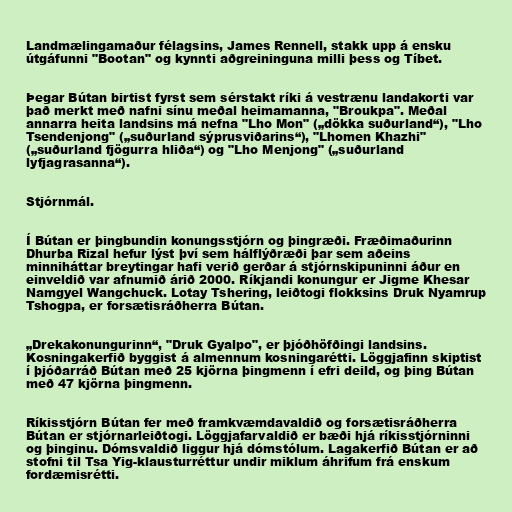
Landmælingamaður félagsins, James Rennell, stakk upp á ensku
útgáfunni "Bootan" og kynnti aðgreininguna milli þess og Tíbet.

Þegar Bútan birtist fyrst sem sérstakt ríki á vestrænu landakorti var
það merkt með nafni sínu meðal heimamanna, "Broukpa". Meðal
annarra heita landsins má nefna "Lho Mon" („dökka suðurland“), "Lho
Tsendenjong" („suðurland sýprusviðarins“), "Lhomen Khazhi"
(„suðurland fjögurra hliða“) og "Lho Menjong" („suðurland
lyfjagrasanna“).

Stjórnmál.

Í Bútan er þingbundin konungsstjórn og þingræði. Fræðimaðurinn
Dhurba Rizal hefur lýst því sem hálflýðræði þar sem aðeins
minniháttar breytingar hafi verið gerðar á stjórnskipuninni áður en
einveldið var afnumið árið 2000. Ríkjandi konungur er Jigme Khesar
Namgyel Wangchuck. Lotay Tshering, leiðtogi flokksins Druk Nyamrup
Tshogpa, er forsætisráðherra Bútan.

„Drekakonungurinn“, "Druk Gyalpo", er þjóðhöfðingi landsins.
Kosningakerfið byggist á almennum kosningarétti. Löggjafinn skiptist
í þjóðarráð Bútan með 25 kjörna þingmenn í efri deild, og þing Bútan
með 47 kjörna þingmenn.

Ríkisstjórn Bútan fer með framkvæmdavaldið og forsætisráðherra
Bútan er stjórnarleiðtogi. Löggjafarvaldið er bæði hjá ríkisstjórninni
og þinginu. Dómsvaldið liggur hjá dómstólum. Lagakerfið Bútan er að
stofni til Tsa Yig-klausturréttur undir miklum áhrifum frá enskum
fordæmisrétti.